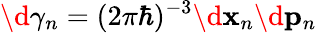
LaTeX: \d\gamma_{n}=(2\pi\hbar)^{-3}\d\mathbf{x}_{n}\d\mathbf{p}_{n}